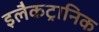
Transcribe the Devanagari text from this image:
इलैकट्रानिक